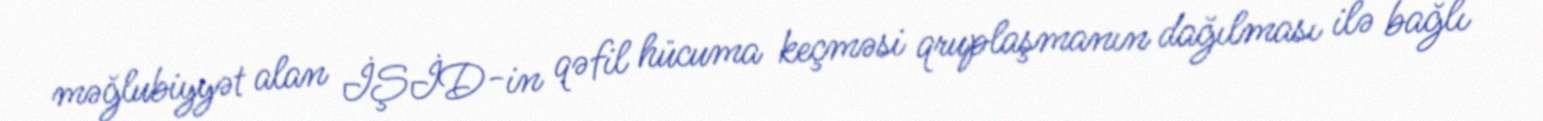
məğlubiyyət alan İŞİD-in qəfil hücuma keçməsi qruplaşmanın dağılması ilə bağlı